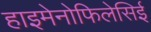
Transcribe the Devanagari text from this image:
हाइमेनोफिलेसिई